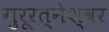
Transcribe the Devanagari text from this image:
गुरूरत्नेश्वर